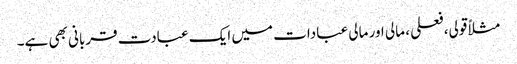
مثلاً قولی،فعلی ، مالی اور مالی عبادات میں ایک عبادت قربانی بھی ہے۔